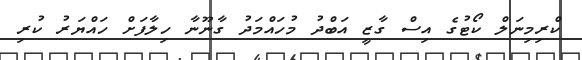
ކްރިމިނަލް ކޯޓުގެ އިސް ގާޒީ އަބްދު މުހައްމަދު ގާނޫނާ ހިލާފަށް ހައްޔަރު ކުރި